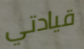
قيادتي